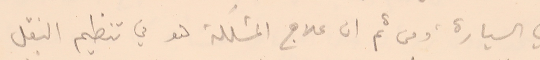
في السيارة ، ومن ثم ان علاج المشكلة هو في تنظيم النقل